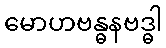
မောဟဗန္ဓနဗဒ္ဓါ